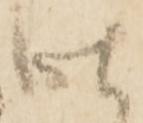
仕